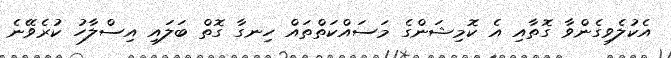
އެކުލެވިގެންވާ ގޮތާއި އެ ކޮމިޝަންގެ މަސައްކަތްތައް ހިނގާ ގޮތް ބަލައި އިސްލާހު ކުރެވޭނެ